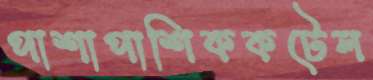
পাশাপাশিককটেল